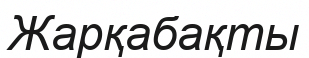
Жарқабақты